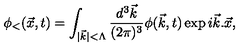
\phi _ { < } ( \vec { x } , t ) = \int _ { \vert \vec { k } \vert < \Lambda } { \frac { d ^ { 3 } \vec { k } } { ( 2 \pi ) ^ { 3 } } } \phi ( \vec { k } , t ) \exp { i \vec { k } . \vec { x } } ,